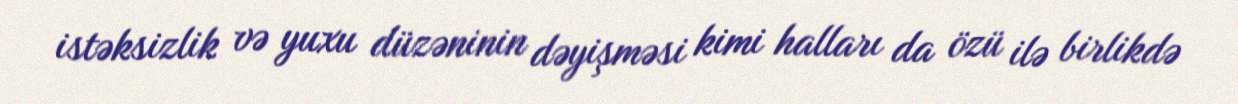
istəksizlik və yuxu düzəninin dəyişməsi kimi halları da özü ilə birlikdə